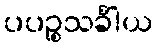
ပပဉ္စသင်္ခါယ